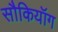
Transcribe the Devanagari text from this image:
सौकियॉग